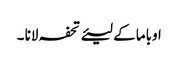
اوباما کے لیئے تحفہ لانا ۔